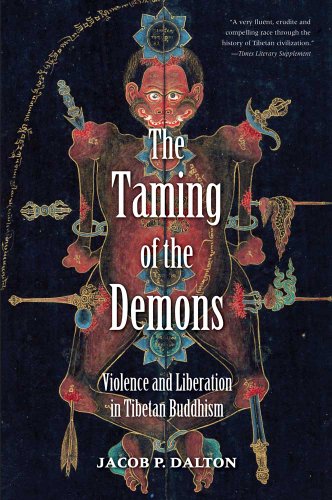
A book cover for The Taming of the Demons: Violence and Liberation in Tibetan Buddhism; Jacob P. Dalton PhD; Religion & Spirituality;